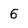
Character: 6